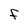
Character: F